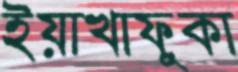
ইয়াখাফুকা